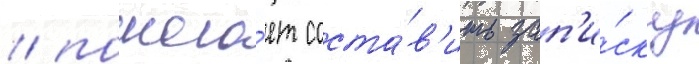
/ помога́ет соста́в'ить зап'и́ску